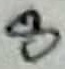
Text: 8